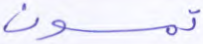
تمسون